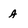
Character: A